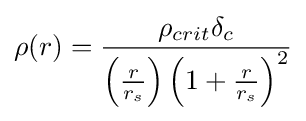
\rho (r)={\frac {\rho _{crit}\delta _{c}}{\left({\frac {r}{r_{s}}}\right)\left(1+{\frac {r}{r_{s}}}\right)^{2}}}